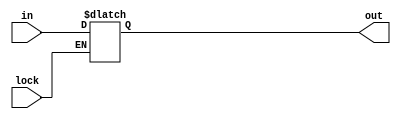
module latch(lock, in, out);
input lock;
input [15:0] in;
output [15:0] out;
reg [15:0] out;

always @(*) begin
    if (~lock)
        out <= in;
end

endmodule